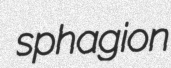
sphagion